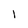
Character: l